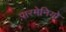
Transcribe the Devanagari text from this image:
पारमेनियो